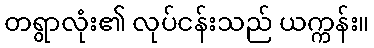
တရွာလုံး၏ လုပ်ငန်းသည် ယက္ကန်း။